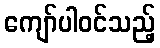
ကျော်ပါဝင်သည့်